Report of the Indian Hemp Drugs Commission, 1894-1895 - Volume VI
Year: 1894
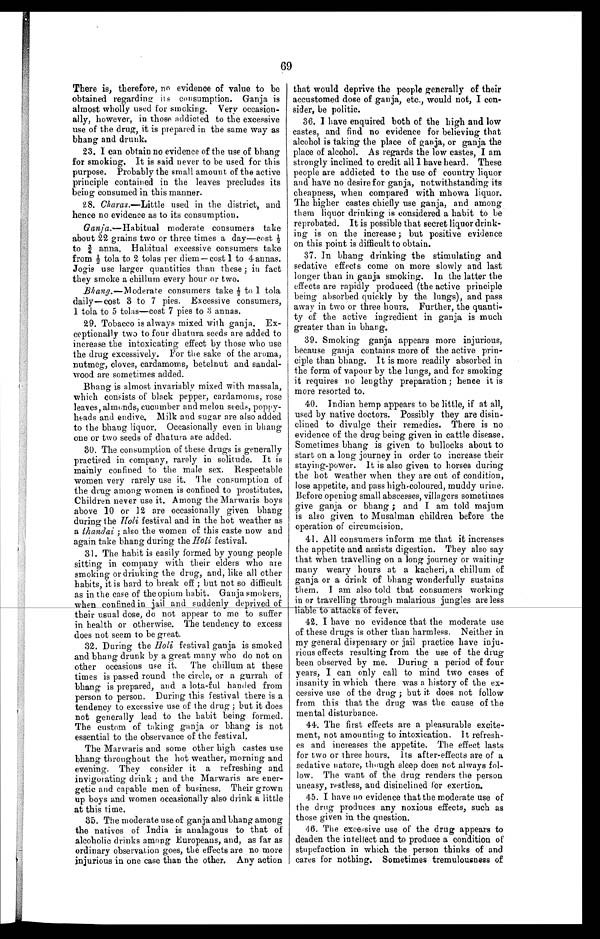
69
There is, therefore, no evidence of value to be
obtained regarding its consumption. Ganja is
almost wholly used for smoking. Very occasion-
ally, however, in those addicted to the excessive
use of the drug, it is prepared in the same way as
bhang and drunk.
23. I can obtain no evidence of the use of bhang
for smoking. It is said never to be used for this
purpose. Probably the small amount; of the active
principle contained in the leaves precludes its
being consumed in this manner.
28. Charas.—Little used in the district, and
hence no evidence as to its consumption.
Ganja.— Habitual moderate consumers take
about 22 grains two or three times a day—cost ½
t o ¾ a n n a . H a b i t u a l e x c e s s i v e c o n s u m e r s t a k e
from ½t o l a t o 2 t o l a s p e r d i e m — c o s t1
t o 4 a n n a s .
Jogis use larger quantities than these ; in fact
they smoke a chillum every hour or two.
Bhang.—Moderate consumers take½ to 1 tola
daily—cost 3 to 7 pies. Excessive consumers,
1 tola to 5 tolas—cost 7 pies to 3 annas.
29. Tobacco is always mixed with ganja. Ex-
ceptionally two to four dhatura seeds are added to
increase the intoxicating effect by those who use
the drug excessively. For the sake of the aroma,
nutmeg, cloves, cardamoms, betelnut and sandal-
wood are sometimes added.
Bhang is almost invariably mixed with massala,
which consists of black pepper, cardamoms, rose
leaves, almonds, cucumber and melon seeds, poppy-
heads and endive. Milk and sugar are also added
to the bhang liquor. Occasionally even in Chang
one or two seeds of dhatura are added.
30. The consumption of these drugs is generally
practised in company, rarely in solitude. It is
mainly confined to the male sex. Respectable
women very rarely use it. The consumption of
the drug among women is confined to prostitutes.
Children never use it. Among the Marwaris boys
above 10 or 12 are occasionally given Chang
during the Holi festival and in the hot weather as
a thandai ; also the women of this caste now and
again take bhang during the Holi festival.
31. The habit is easily formed by young people
sitting in company with their elders who are
smoking or drinking the drug, and, like all other
habits, it is hard to break off ; but not so difficult
as in the case of the opium habit. Ganja smokers,
when confined in jail and s uddenly deprived of
their usual dose, do not appear to me to suffer
in health or otherwise. The tendency to excess
does not seem to be great.
32. During the Holi festival ganja is smoked
and bhang drunk by a great many who do not on
other occasions use it. The chillum at these
times is passed round the circle, or a gurrah of
bhang is prepared, and a lota-ful handed from
person to person. During this festival there is a
tendency to excessive use of the drug ; but it does
not generally lead to the habit being formed.
The custom of taking ganja or bhang is not
essential to the observance of the festival.
The Marwaris and some other high castes use
bhang throughout the hot weather, morning and
evening. They consider it a refreshing and
invigorating drink ; and the Marwaris are ener-
getic and capable men of business. Their grown
up boys and women occasionally also drink a little
at this time.
35. The moderate use of ganja and bhang among
the natives of India is analagous to that of
alcoholic drinks among, Europeans, and, as far as
ordinary observation goes, the effects are no more
injurious in one case than the other. Any action
that would deprive the people generally of their
accustomed dose of ganja, etc., would not, I con-
sider, be politic.
36. I have enquired both of the high and low
castes, and find no evidence for believing that
alcohol is taking the place of ganja, or ganja the
place of alcohol. As regards the low castes, I am
strongly inclined to credit all I have heard. These
people are addicted to the use of country liquor
and have no desire for ganja, notwithstanding its
cheapness, when compared with mhowa liquor.
The higher castes chiefly use ganja, and among.
them liquor drinking is considered a habit to be
reprobated. It is possible that secret liquor drink-
ing is on the increase ; but positive evidence
on this point is difficult to obtain.
37. In bhang drinking the stimulating and
sedative effects come on more slowly and last
longer than in ganja smoking. In the latter the
effects are rapidly produced (the active principle
being absorbed quickly by the lungs), and pass
away in two or three hours. Further, the quanti-
ty of the active ingredient in ganja is much
greater than in bhang.
39. Smoking ganja appears more injurious,
because ganja contains more of the active prin-
ciple than bhang. It is more readily absorbed in
the form of vapour by the lungs, and for smoking
it requires no lengthy preparation ; hence it is
more resorted to.
40. Indian hemp appears to be little, if at all,
used by native doctors. Possibly they are disin-
clined to divulge their remedies. There is no
evidence of the drug being given in cattle disease.
Sometimes bhang is given to bullocks about to
start on a long journey in order to increase their
staying-power. It is also given to horses during
the hot weather when they are out of condition,
lose appetite, and pass high-coloured, muddy urine.
Before opening small abscesses, villagers sometimes
give ganja or bhang ; and I am told majum
is also given to Musalman children before the
operation of circumcision.
41. All consumers inform me that it increases
the appetite and assists digestion. They also say
that when travelling on a long journey or waiting
many weary hours at a kacheri, a chillum of
ganja or a drink of bhang wonderfully sustains
them. I am also told that consumers working
in or travelling through malarious jungles are less
liable to attacks of fever.
42. I have no evidence that the moderate use
of these drugs is other than harmless. Neither in
my general dispensary or jail practice have inju-
rious effects resulting from the use of the drug
been observed by me. During a period of four
years, I can only call to mind two cases of
insanity in which there was a history of the ex-
cessive use of the drug ; but it. does not follow
from this that the drug was the cause of the
mental disturbance.
44. The first effects are a pleasurable excite-
ment, not amounting to intoxication. It refresh-
es and increases the appetite. The effect lasts
for two or three hours, Its after-effects are of a
sedative nature, though sleep does not always fol-
low. The want of the drug renders the person
uneasy, restless, and disinclined for exertion..
45. I have no evidence that the moderate use of
the drug produces any noxious effects, such as
those given in the question.
46. The excessive use of the drug appears to
deaden the intellect and to produce a condition of
stupefaction in which the person thinks of and
cares for nothing. Sometimes tremulousness of